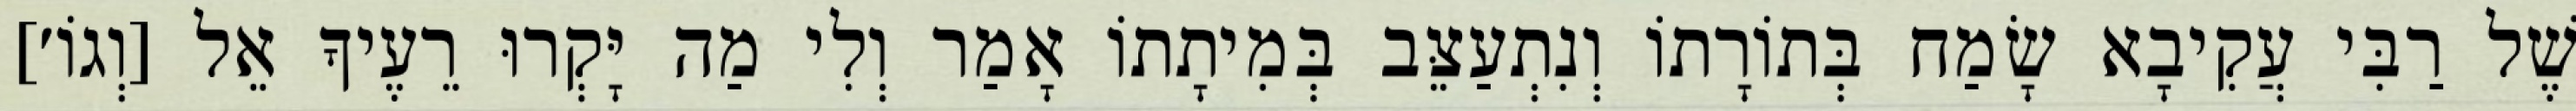
שֶׁל רַבִּי עֲקִיבָא שָׂמַח בְּתוֹרָתוֹ וְנִתְעַצֵּב בְּמִיתָתוֹ אָמַר וְלִי מַה יָּקְרוּ רֵעֶיךָ אֵל [וְגוֹ׳]